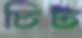
চিট